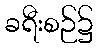
ခရီးစဉ်၌